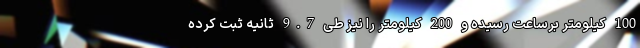
100 کیلومتر برساعت رسیده و 200 کیلومتر را نیز طی 9.7 ثانیه ثبت کرده